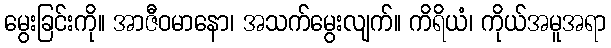
မွေးခြင်းကို။ အာဇီဝမာနော၊ အသက်မွေးလျက်။ ကိရိယံ၊ ကိုယ်အမူအရာ